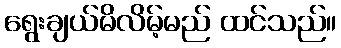
ရွေးချယ်မိလိမ့်မည် ထင်သည်။